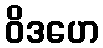
ဝိဒဟေ